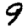
Digit: 9